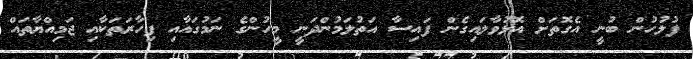
ފުލުހުން ބުނީ އެގޮތަށް އޮޅުވާލައިގެން ފައިސާ އަތުލަމުންދަނީ މީހުންގެ ނަމުގައާއި ފިހާރަތަކާއި ޖަމިއްޔާތައް